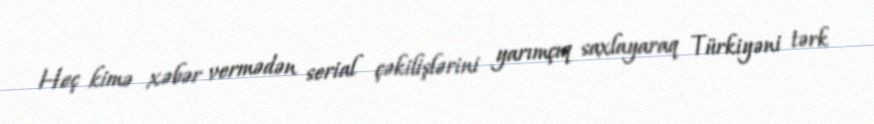
Heç kimə xəbər vermədən serial çəkilişlərini yarımçıq saxlayaraq Türkiyəni tərk